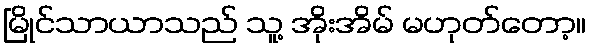
မြိုင်သာယာသည် သူ့ အိုးအိမ် မဟုတ်တော့။